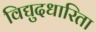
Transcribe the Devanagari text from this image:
विद्युदधारिता